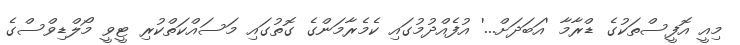
މިއީ އޮފީސްތަކުގެ ޑްރާމާ 'އަބަދަށް...' އުފެއްދުމުގައި ކެމެރާމަންގެ ގޮތުގައި މަސައްކަތްކުރި ޓީވީ މޯލްޑިވްސްގެ